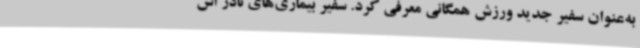
به‌عنوان سفیر جدید ورزش همگانی معرفی کرد. سفیر بیماری‌های نادر اس